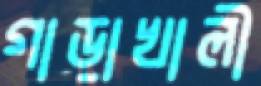
গাড়াখালী